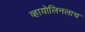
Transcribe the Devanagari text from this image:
व्हायोलिनलाच